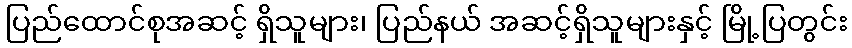
ပြည်ထောင်စုအဆင့် ရှိသူများ၊ ပြည်နယ် အဆင့်ရှိသူများနှင့် မြို့ပြတွင်း